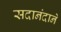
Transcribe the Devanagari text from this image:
सदानंदाने